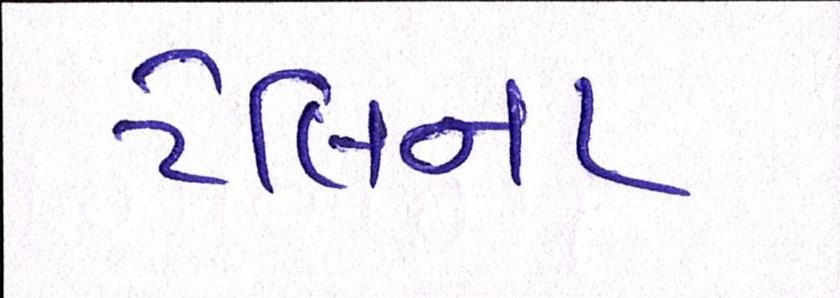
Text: ટેલિના